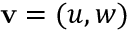
\mathbf { v } = ( u , w )